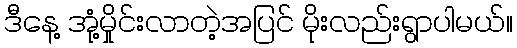
ဒီနေ့ အုံ့မှိုင်းလာတဲ့အပြင် မိုးလည်းရွာပါမယ်။